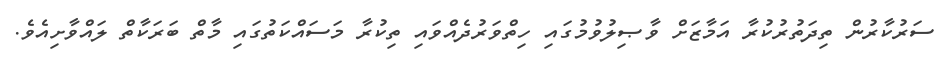
ސަރުކާރުން ތިދަތުރުކުރާ އަމާޒަށް ވާޞިލުވުމުގައި ހިތްވަރުދެއްވައި ތިކުރާ މަސައްކަތުގައި މާތް ބަރަކާތް ލައްވާށިއެވެ.